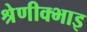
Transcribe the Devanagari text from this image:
श्रेणीक्भाइ